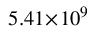
5 . 4 1 \! \times \! 1 0 ^ { 9 }